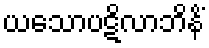
ယသောပဋိလာဘိနိံ